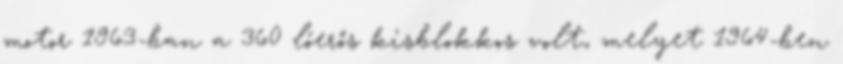
motor 1963-ban a 360 lóerős kisblokkos volt, melyet 1964-ben